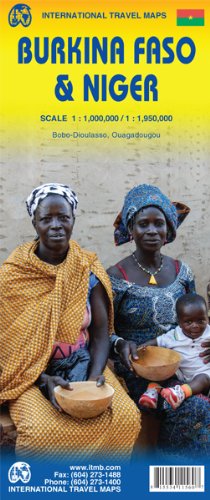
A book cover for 1. Burkina Faso & Niger Travel Ref. Map 1:1,000,000/1:1,950,000; ITMB Canada; Travel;